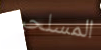
المسلحين